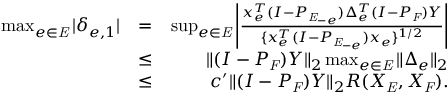
\begin{array} { r l r } { \operatorname* { m a x } _ { e \in \mathit { E } } | \delta _ { e , 1 } | } & { = } & { \operatorname* { s u p } _ { e \in \mathit { E } } \left| \frac { x _ { e } ^ { T } ( I - P _ { \mathit { E } _ { - e } } ) \Delta _ { e } ^ { T } ( I - P _ { \mathit { F } } ) Y } { \{ x _ { e } ^ { T } ( I - P _ { \mathit { E } _ { - e } } ) x _ { e } \} ^ { 1 / 2 } } \right| } \\ & { \leq } & { \| ( I - P _ { \mathit { F } } ) Y \| _ { 2 } \operatorname* { m a x } _ { e \in \mathit { E } } \| \Delta _ { e } \| _ { 2 } } \\ & { \leq } & { c ^ { \prime } \| ( I - P _ { \mathit { F } } ) Y \| _ { 2 } R ( X _ { \mathit { E } } , X _ { \mathit { F } } ) . } \end{array}